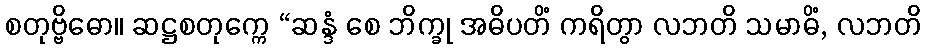
စတုဗ္ဗိဓော။ ဆဋ္ဌစတုက္ကေ “ဆန္ဒံ စေ ဘိက္ခု အဓိပတိံ ကရိတွာ လဘတိ သမာဓိံ, လဘတိ